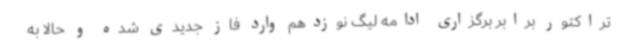
تراکتور برابر برگزاری ادامه لیگ نوزدهم وارد فاز جدیدی شده و حالا به